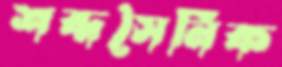
শব্দসৈনিক